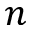
n